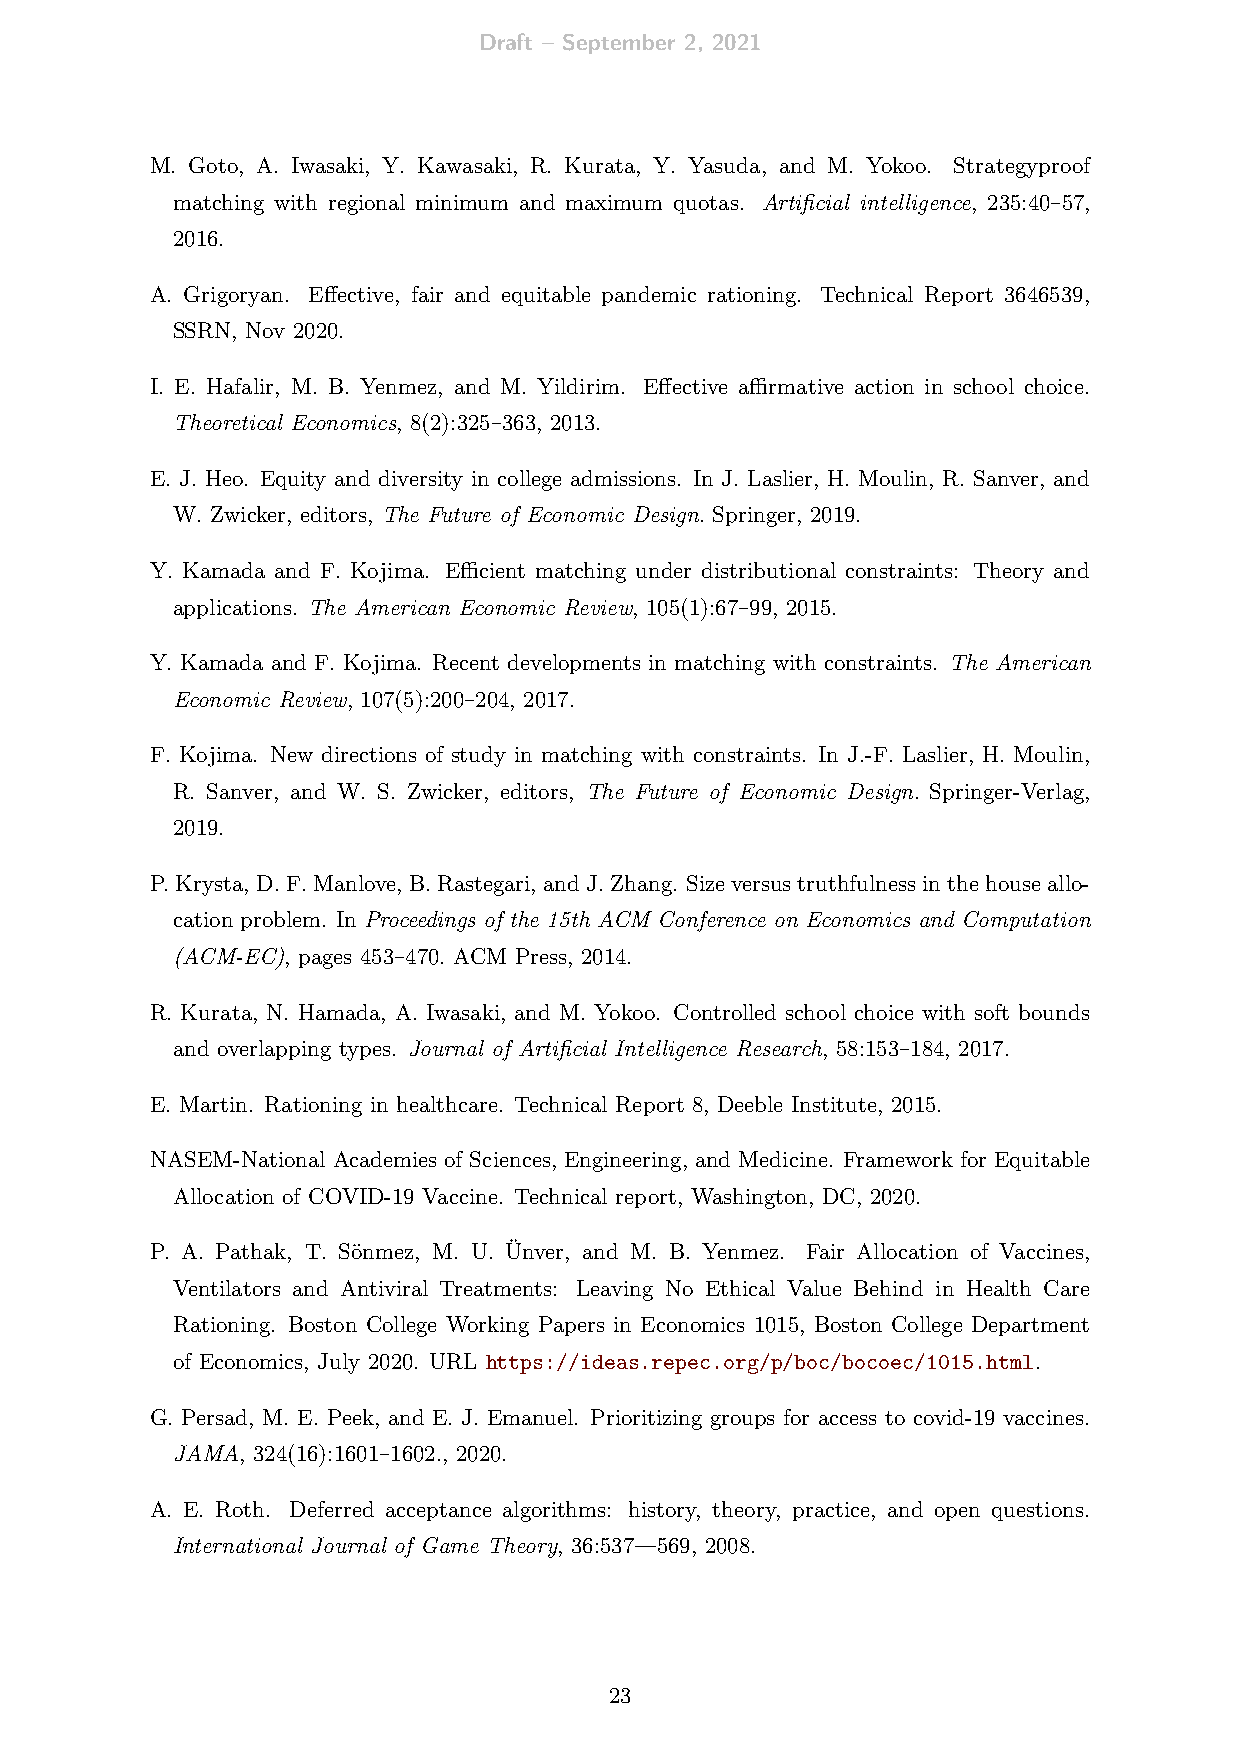
Draft – September 2, 2021
 M. Goto, A. Iwasaki, Y. Kawasaki, R. Kurata, Y. Yasuda, and M. Yokoo. Strategyproof
 matching with regional minimum and maximum quotas. Artificial intelligence, 235:40–57,
 2016.
 A. Grigoryan. Effective, fair and equitable pandemic rationing. Technical Report 3646539,
 SSRN, Nov 2020.
 I. E. Hafalir, M. B. Yenmez, and M. Yildirim. Effective affirmative action in school choice.
 Theoretical Economics, 8(2):325–363, 2013.
 E. J. Heo. Equity and diversity in college admissions. In J. Laslier, H. Moulin, R. Sanver, and
 W. Zwicker, editors, The Future of Economic Design. Springer, 2019.
 Y. Kamada and F. Kojima. Efficient matching under distributional constraints: Theory and
 applications. The American Economic Review, 105(1):67–99, 2015.
 Y. Kamada and F. Kojima. Recent developments in matching with constraints. The American
 Economic Review, 107(5):200–204, 2017.
 F. Kojima. New directions of study in matching with constraints. In J.-F. Laslier, H. Moulin,
 R. Sanver, and W. S. Zwicker, editors, The Future of Economic Design. Springer-Verlag,
 2019.
 P.Krysta, D.F.Manlove, B.Rastegari, andJ.Zhang. Sizeversustruthfulnessinthehouseallo-
 cation problem. In Proceedings of the 15th ACM Conference on Economics and Computation
 (ACM-EC), pages 453–470. ACM Press, 2014.
 R. Kurata, N. Hamada, A. Iwasaki, and M. Yokoo. Controlled school choice with soft bounds
 and overlapping types. Journal of Artificial Intelligence Research, 58:153–184, 2017.
 E. Martin. Rationing in healthcare. Technical Report 8, Deeble Institute, 2015.
 NASEM-National Academies of Sciences, Engineering, and Medicine. Framework for Equitable
 Allocation of COVID-19 Vaccine. Technical report, Washington, DC, 2020.
 P. A. Pathak, T. Sönmez, M. U. Ünver, and M. B. Yenmez. Fair Allocation of Vaccines,
 Ventilators and Antiviral Treatments: Leaving No Ethical Value Behind in Health Care
 Rationing. Boston College Working Papers in Economics 1015, Boston College Department
 of Economics, July 2020. URL https://ideas.repec.org/p/boc/bocoec/1015.html.
 G. Persad, M. E. Peek, and E. J. Emanuel. Prioritizing groups for access to covid-19 vaccines.
 JAMA, 324(16):1601–1602., 2020.
 A. E. Roth. Deferred acceptance algorithms: history, theory, practice, and open questions.
 International Journal of Game Theory, 36:537—569, 2008.
 23